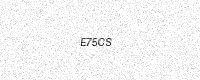
Text: E75CS